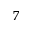
^ { 7 }